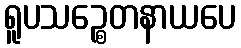
ရူပသဉ္စေတနာယပေ